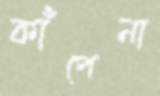
কাঁপেনা